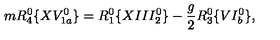
m R _ { 4 } ^ { 0 } \{ X V _ { 1 a } ^ { 0 } \} = R _ { 1 } ^ { 0 } \{ X I I I _ { 2 } ^ { 0 } \} - \frac { g } { 2 } R _ { 3 } ^ { 0 } \{ V I _ { b } ^ { 0 } \} ,